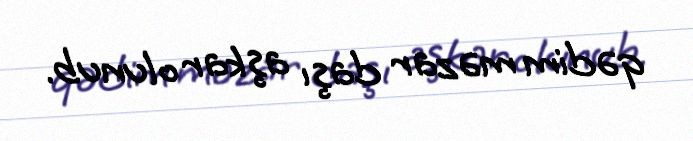
qədim məzar daşı aşkar olunub.